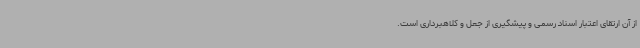
از آن ارتقای اعتبار اسناد رسمی و پیشگیری از جعل و کلاهبرداری است.